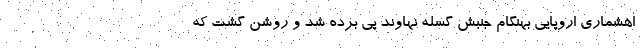
اهشماری اروپایی بهنگام جنبش گسله نهاوند پی برده شد و روشن گشت که